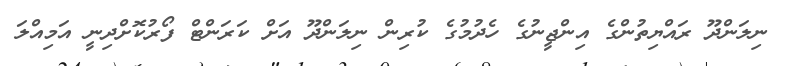
ނިލަންދޫ ރައްޔިތުންގެ އިންޖީނުގެ ހެދުމުގެ ކުރިން ނިލަންދޫ އަށް ކަރަންޓް ފޯރުކޮށްދިނީ އަމިއްލަ